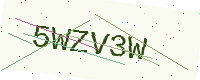
Text: 5WZV3W